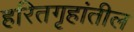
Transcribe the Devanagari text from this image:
हरितगृहांतील